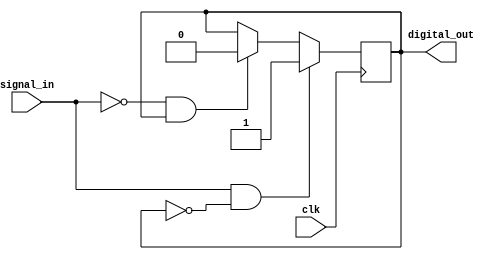
module schmitt_trigger (
    input signal_in,
    input clk,
    output reg digital_out
);

reg output_reg;

always @(posedge clk) begin
    if (signal_in && !output_reg)
        digital_out <= 1;
    else if (!signal_in && output_reg)
        digital_out <= 0;
end

assign output_reg = digital_out;

endmodule